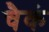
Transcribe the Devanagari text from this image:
चैकं